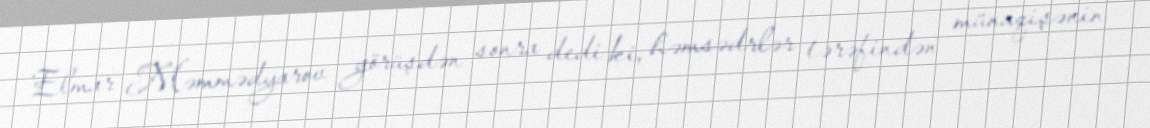
Elmar Məmmədyarov görüşdən sonra dedi ki, həmsədrlər tərəfindən münaqişənin